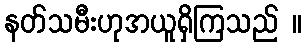
နတ်သမီးဟုအယူရှိကြသည် ။